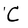
Character: C